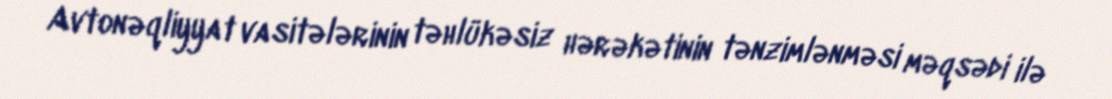
Avtonəqliyyat vasitələrinin təhlükəsiz hərəkətinin tənzimlənməsi məqsədi ilə